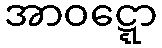
အာဝဋ္ဋော